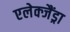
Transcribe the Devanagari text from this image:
एलेक्जैंड्रा